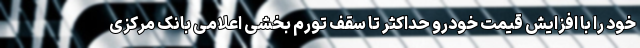
خود را با افزایش قیمت خودرو حداکثر تا سقف تورم بخشی اعلامیِ بانک مرکزی